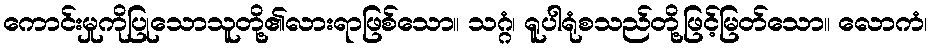
ကောင်းမှုကိုပြုသောသူတို့၏လားရာဖြစ်သော။ သဂ္ဂံ၊ ရူပါရုံစသည်တို့ဖြင့်မြတ်သော။ လောကံ၊